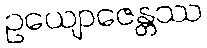
ဥယျောဇေန္တဿ